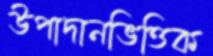
উপাদানভিত্তিক